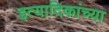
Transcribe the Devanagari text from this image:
इत्यादिकांच्या